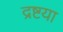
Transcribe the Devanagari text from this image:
द्रष्टया